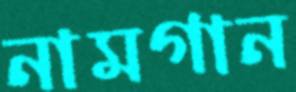
নামগান